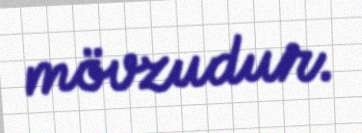
mövzudur.